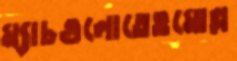
ম্যাচগুলোতেওমোল্ল